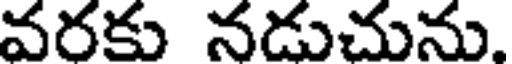
వరకు నడుచును.